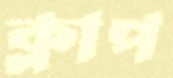
ক্লাপ